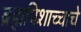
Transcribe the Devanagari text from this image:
ब्रह्मपिशाच्चाचे